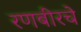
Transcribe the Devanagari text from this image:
रणबीरचे